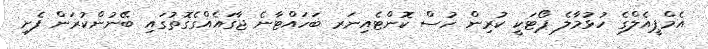
އެމްޕީއެލްގެ ހުޅުމާލެ ޕޯޓަކީ ކުރިން ހުސް ކޮންޓެއިނަރ ބަހައްޓާނެ ޖާގައެއްގެގޮތުގައި ބޭނުންކުރަން ފެށި